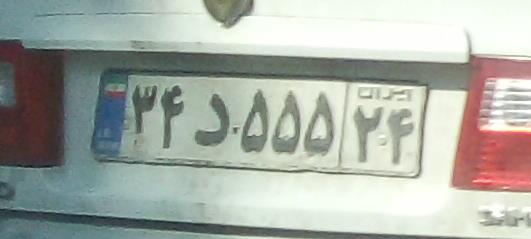
۲۴د۵۵۵۲۴